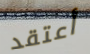
أعتقد